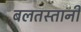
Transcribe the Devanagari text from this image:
बलतस्तानी